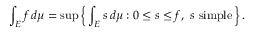
\int _ { E } f \, d \mu = \operatorname* { s u p } \left\{ \, \int _ { E } s \, d \mu : 0 \leq s \leq f , \ s \ { \mathrm { s i m p l e } } \, \right\} .